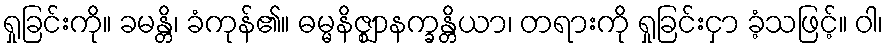
ရှုခြင်းကို။ ခမန္တိ၊ ခံကုန်၏။ ဓမ္မနိဇ္ဈာနက္ခန္တိယာ၊ တရားကို ရှုခြင်းငှာ ခံ့သဖြင့်။ ဝါ၊